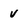
Character: V